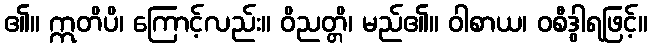
၏။ ဣတိပိ၊ ကြောင့်လည်း။ ဝိညတ္တိ၊ မည်၏။ ဝါစာယ၊ ဝစီဒွါရဖြင့်။